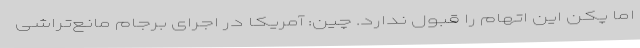
اما پکن این اتهام را قبول ندارد. چین: آمریکا در اجرای برجام مانع‌تراشی